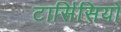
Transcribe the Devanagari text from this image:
टार्सिसियो